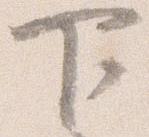
下